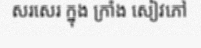
សរសេរ ក្នុង ក្រាំង សៀវភៅ